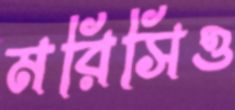
মরিসিও